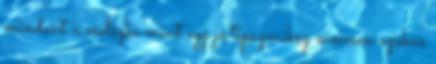
mindent a cselszki mint egy jó tipszmiksz meccsen szokás